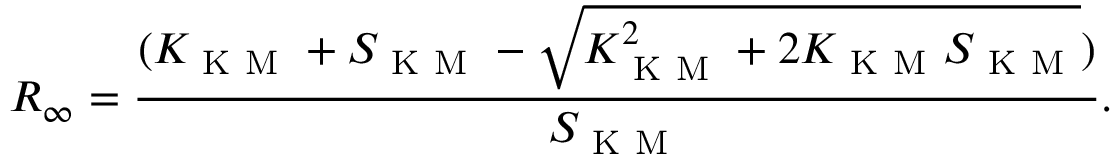
R _ { \infty } = \frac { ( K _ { \mathrm { ~ K ~ M ~ } } + S _ { \mathrm { ~ K ~ M ~ } } - \sqrt { K _ { \mathrm { ~ K ~ M ~ } } ^ { 2 } + 2 K _ { \mathrm { ~ K ~ M ~ } } S _ { \mathrm { ~ K ~ M ~ } } } ) } { S _ { \mathrm { ~ K ~ M ~ } } } .